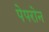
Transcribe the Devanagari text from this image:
पेपरोन